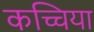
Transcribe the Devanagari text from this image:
कच्चिया